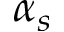
\alpha _ { s }